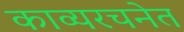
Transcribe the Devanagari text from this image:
काव्यरचनेत